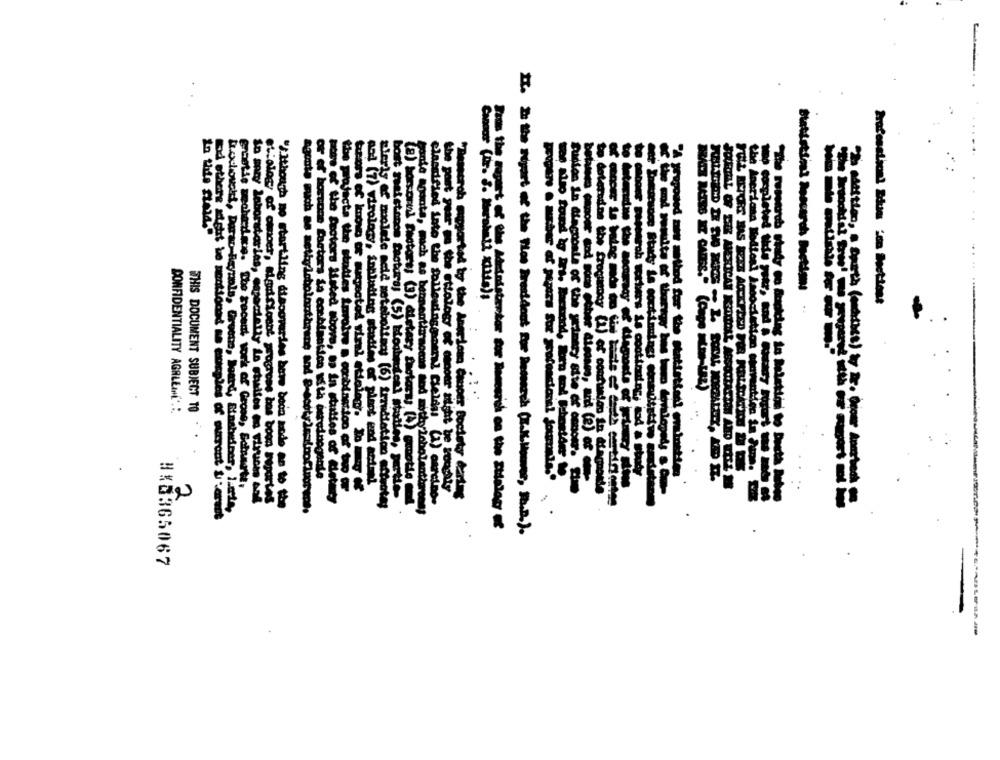
--
Dochoveld, Dario Ben
Statistimi Rescarch Doctim:
the Ameriona Wolleni Amocation
MATS MATES NE CAUSE." (Copo HIMALAZ)
CONFIDENTIALITY AGRLEINE ::
THIS DOCUMENT SUBJECT TO
or of bortaon factors in combination with derenogante
proposed met method for the Matiattoni combustion
and (7) virology, Sopiating station of plant and anti
classifies Late the followinggeral Eselini (1) carcino
" Zesserch supported by the Aordem Super Bockety dartes
tudies In Atagponle of the primary site of amour. Com
to doteradine the frogmooy (1) of confusion in alarmante
2
So may laboratories, especially to stuises an viruses cal
t:ology of omper, aiaufloont progrone has boon reportes
- of the factors ifsted Moove, 8 in staatles of dietary
"SIthough mo startling discoveries bere boda sode an to the
agente such as sethisbolonthrane and @-scityleafnofingrene.
(8) harsorul Emotore: (3) dietary Sectors: (4) motto
ethere acht be mentioned se esples of surront & corect
terals, Grueso, Board, Binabeiner, liste,
bande aganta, much as bensentiamomis mod sitticholantigrone;
#13365067